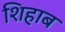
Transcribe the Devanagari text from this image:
शिहाब